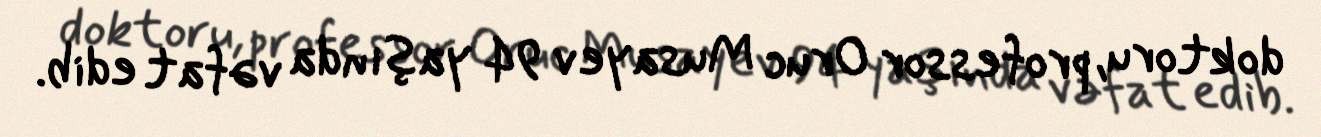
doktoru, professor Oruc Musayev 94 yaşında vəfat edib.